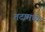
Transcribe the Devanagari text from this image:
तटामध्ये